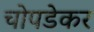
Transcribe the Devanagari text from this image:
चोपडेकर